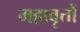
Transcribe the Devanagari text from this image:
महावृत्तों